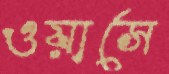
ওয়াসে